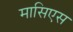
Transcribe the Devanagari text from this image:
मासिएस